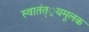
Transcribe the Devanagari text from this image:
स्वातंत््रयमूलक